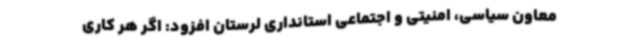
معاون سیاسی، امنیتی و اجتماعی استانداری لرستان افزود: اگر هر کاری